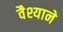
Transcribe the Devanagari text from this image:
वैश्याने